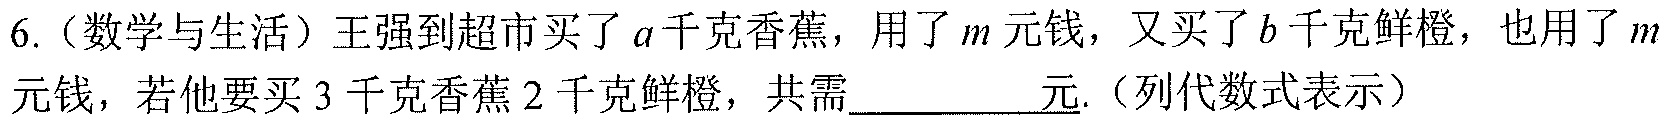
6.（数学与生活）王强到超市买了\(a\)千克香蕉，用了\(m\)元钱，又买了\(b\)千克鲜橙，也用了\(m\)元钱，若他要买\(3\)千克香蕉\(2\)千克鲜橙，共需________元.（列代数式表示）